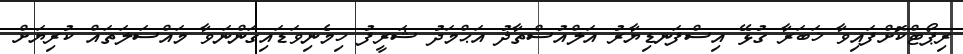
ރިޕޯޓްކޮށްފައިވާ ޚަބަރާ ގުޅޭ އިސްފަނޑިޔާރު އަލްއުސްތާޛު އަޙްމަދު ޝަރީފު ހިމެނިވަޑައިގަންނަވާ މައްސަލަތައް ކުރިޔަށް